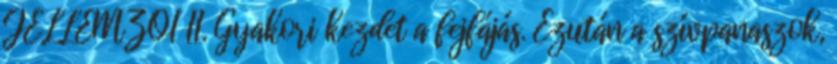
JELLEMZŐI II. Gyakori kezdet a fejfájás. Ezután a szívpanaszok,